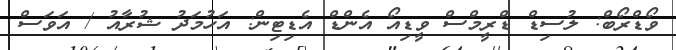
ވޯޑްރޯބް: ލުސިޑް ޑްރީމްސް ވީޑިއޯ އެންޑް އެޑިޓިން: އަހުމަދު ޝުރާއު / އަވަސް